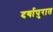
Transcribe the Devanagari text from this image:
दर्यापुरात